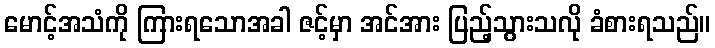
မောင့်အသံကို ကြားရသောအခါ ဇင့်မှာ အင်အား ပြည့်သွားသလို ခံစားရသည်။